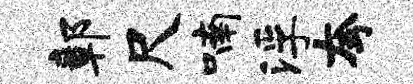
鄣尺喃浮夸